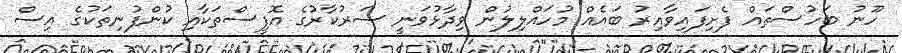
ހޫނު ބަހުސްތައް ފެށިފައިވާއިރު ބައެއް މުހައްލިލުން ވިދާޅުވަނީ ސަރުކާރުގެ އޮފީސްތަކާއި ކުންފުނިތަކުގެ އިސް